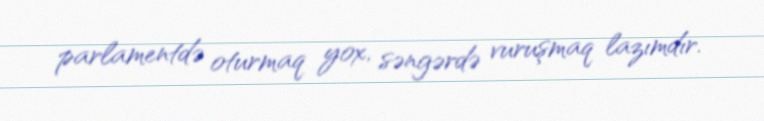
parlamentdə oturmaq yox, səngərdə vuruşmaq lazımdır.